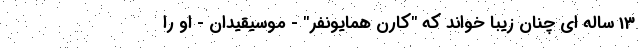
13 ساله ای چنان زیبا خواند که "کارن همایونفر" - موسیقیدان - او را